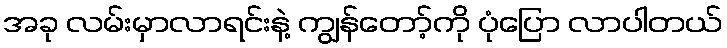
အခု လမ်းမှာလာရင်းနဲ့ ကျွန်တော့်ကို ပုံပြော လာပါတယ်